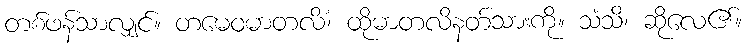
တစ်ဖန်သာလျှင်။ တမေဝမာတလိံ၊ ထိုမာတလိနတ်သားကို။ သံသိ၊ ဆိုလေ၏။